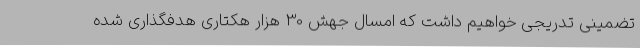
تضمینی تدریجی خواهیم داشت که امسال جهش 30 هزار هکتاری هدفگذاری شده